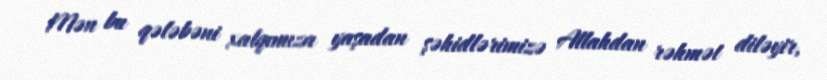
Mən bu qələbəni xalqımıza yaşadan şəhidlərimizə Allahdan rəhmət diləyir,